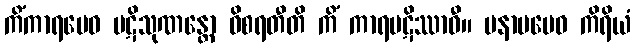
ကိံကာရမေဝ ပဋိသုဏန္တော ဝိစရတီတိ ကိံ ကာရပဋိဿာဝီ။ မနာပမေဝ ကိရိယံ